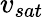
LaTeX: v_{sat}